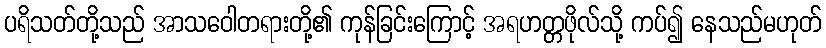
ပရိသတ်တို့သည် အာသဝေါတရားတို့၏ ကုန်ခြင်းကြောင့် အရဟတ္တဖိုလ်သို့ ကပ်၍ နေသည်မဟုတ်